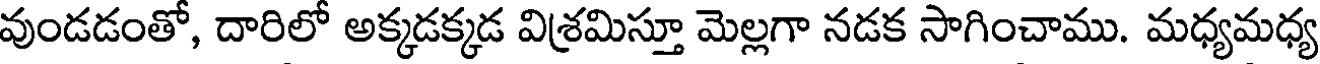
వుండడంతో, దారిలో అక్కడక్కడ విశ్రమిస్తూ మెల్లగా నడక సాగించాము. మధ్యమధ్య